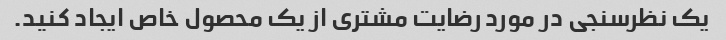
یک نظرسنجی در مورد رضایت مشتری از یک محصول خاص ایجاد کنید.